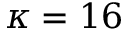
\kappa = 1 6